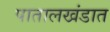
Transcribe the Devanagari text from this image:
पातालखंडात